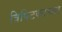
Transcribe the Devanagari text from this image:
त्रिपिटकाच्या